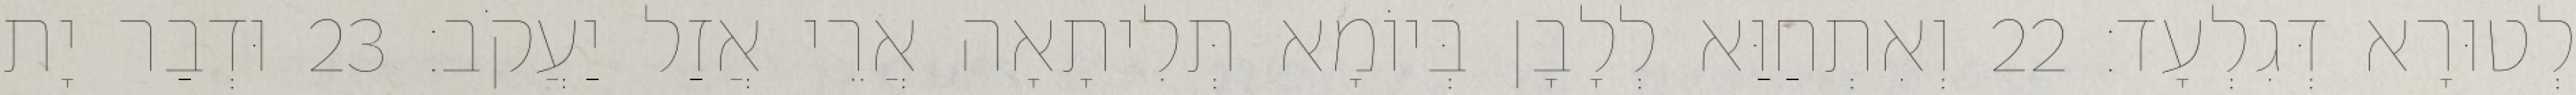
לְטוּרָא דְּגִלְעָד׃ 22 וְאִתְחַוַּא לְלָבָן בְּיוֹמָא תְּלִיתָאָה אֲרֵי אֲזַל יַעֲקֹב׃ 23 וּדְבַר יָת